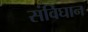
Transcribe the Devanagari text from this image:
संविघान